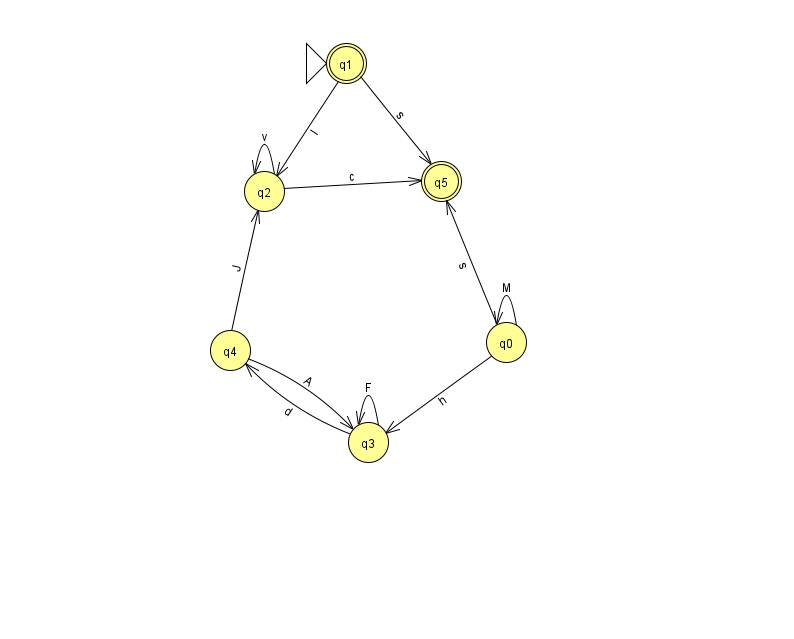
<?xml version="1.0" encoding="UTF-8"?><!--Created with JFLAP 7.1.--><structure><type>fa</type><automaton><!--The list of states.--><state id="0" name="q0"><x>506.0</x><y>329.0</y></state><state id="1" name="q1"><x>346.0</x><y>50.0</y><initial/><final/></state><state id="2" name="q2"><x>264.0</x><y>178.0</y></state><state id="3" name="q3"><x>368.0</x><y>429.0</y></state><state id="4" name="q4"><x>230.0</x><y>337.0</y></state><state id="5" name="q5"><x>441.0</x><y>168.0</y><final/></state><!--The list of transitions.--><transition><from>3</from><to>4</to><read>d</read></transition><transition><from>0</from><to>5</to><read>s</read></transition><transition><from>2</from><to>2</to><read>v</read></transition><transition><from>3</from><to>3</to><read>F</read></transition><transition><from>4</from><to>3</to><read>A</read></transition><transition><from>0</from><to>3</to><read>h</read></transition><transition><from>2</from><to>5</to><read>c</read></transition><transition><from>1</from><to>2</to><read>I</read></transition><transition><from>0</from><to>0</to><read>M</read></transition><transition><from>1</from><to>5</to><read>s</read></transition><transition><from>4</from><to>2</to><read>J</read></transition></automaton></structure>